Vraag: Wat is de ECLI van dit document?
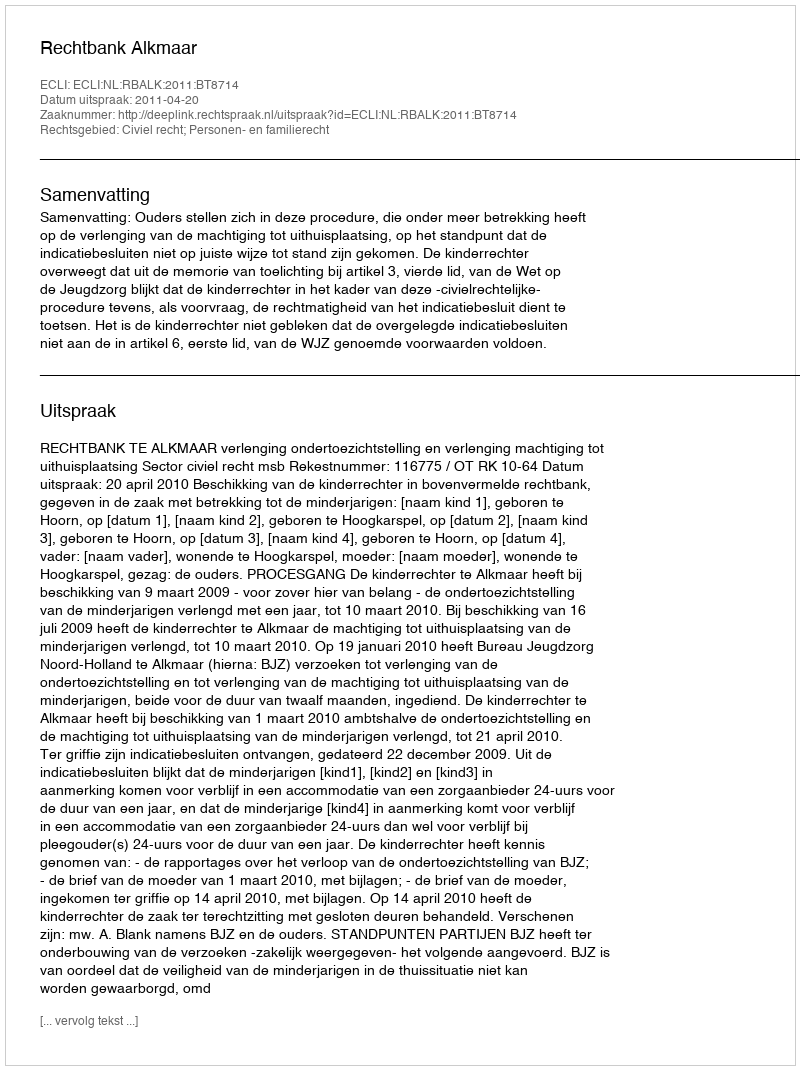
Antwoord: ECLI:NL:RBALK:2011:BT8714